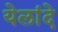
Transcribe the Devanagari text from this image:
येलांदे